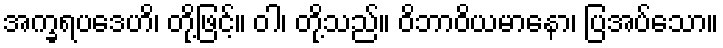
အက္ခရပဒေဟိ၊ တို့ဖြင့်။ ဝါ၊ တို့သည်။ ဝိဘာဝိယမာနော၊ ပြအပ်သော။